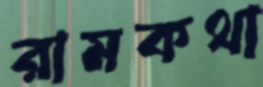
রামকথা